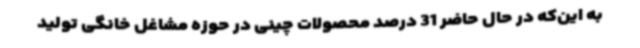
به این‌که در حال حاضر 31 درصد محصولات چینی در حوزه مشاغل خانگی تولید